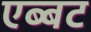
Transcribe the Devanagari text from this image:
एब्बट